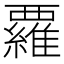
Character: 𮗈